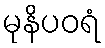
မုနိပဝရံ